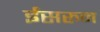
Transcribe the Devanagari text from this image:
ईसरुन